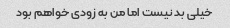
خیلی بد نیست اما من به زودی خواهم بود